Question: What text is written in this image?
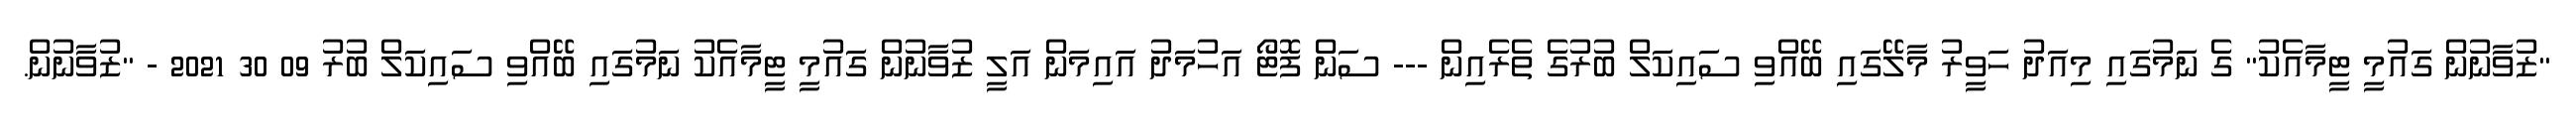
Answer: "ޒުވާނުން ގައުމީ ޓީމާއެކު" ގެ ނަމުގައި މިއަދު ހަވީރު މާލޭގައި ބޭއްވި ސައިކަލް ބުރުގެ ތެރެއިން --- ސަން ފޮޓޯ އަހުމަދު އައިމަން އަލީ ޒުވާނުން ގައުމީ ޓީމާއެކު ނަމުގައި ބޭއްވި ސައިކަލް ބުރު 09 30 2021 - "ޒުވާނުން.